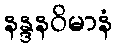
နန္ဒနဝိမာနံ